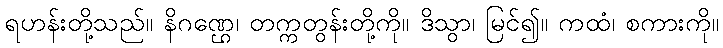
ရဟန်းတို့သည်။ နိဂဏ္ဌေ၊ တက္ကတွန်းတို့ကို။ ဒိသွာ၊ မြင်၍။ ကထံ၊ စကားကို။